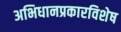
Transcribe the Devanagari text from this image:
अभिधानप्रकारविशेष